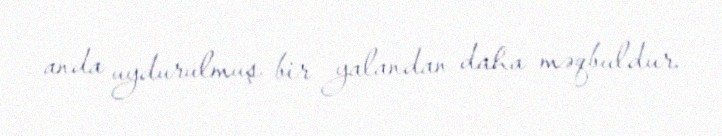
anda uydurulmuş bir yalandan daha məqbuldur.